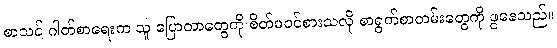
စာသင် ဂါတ်စာရေးက သူ ပြောတာတွေကို စိတ်မဝင်စားသလို စာရွက်စာတမ်းတွေကို ဖွနေသည်။